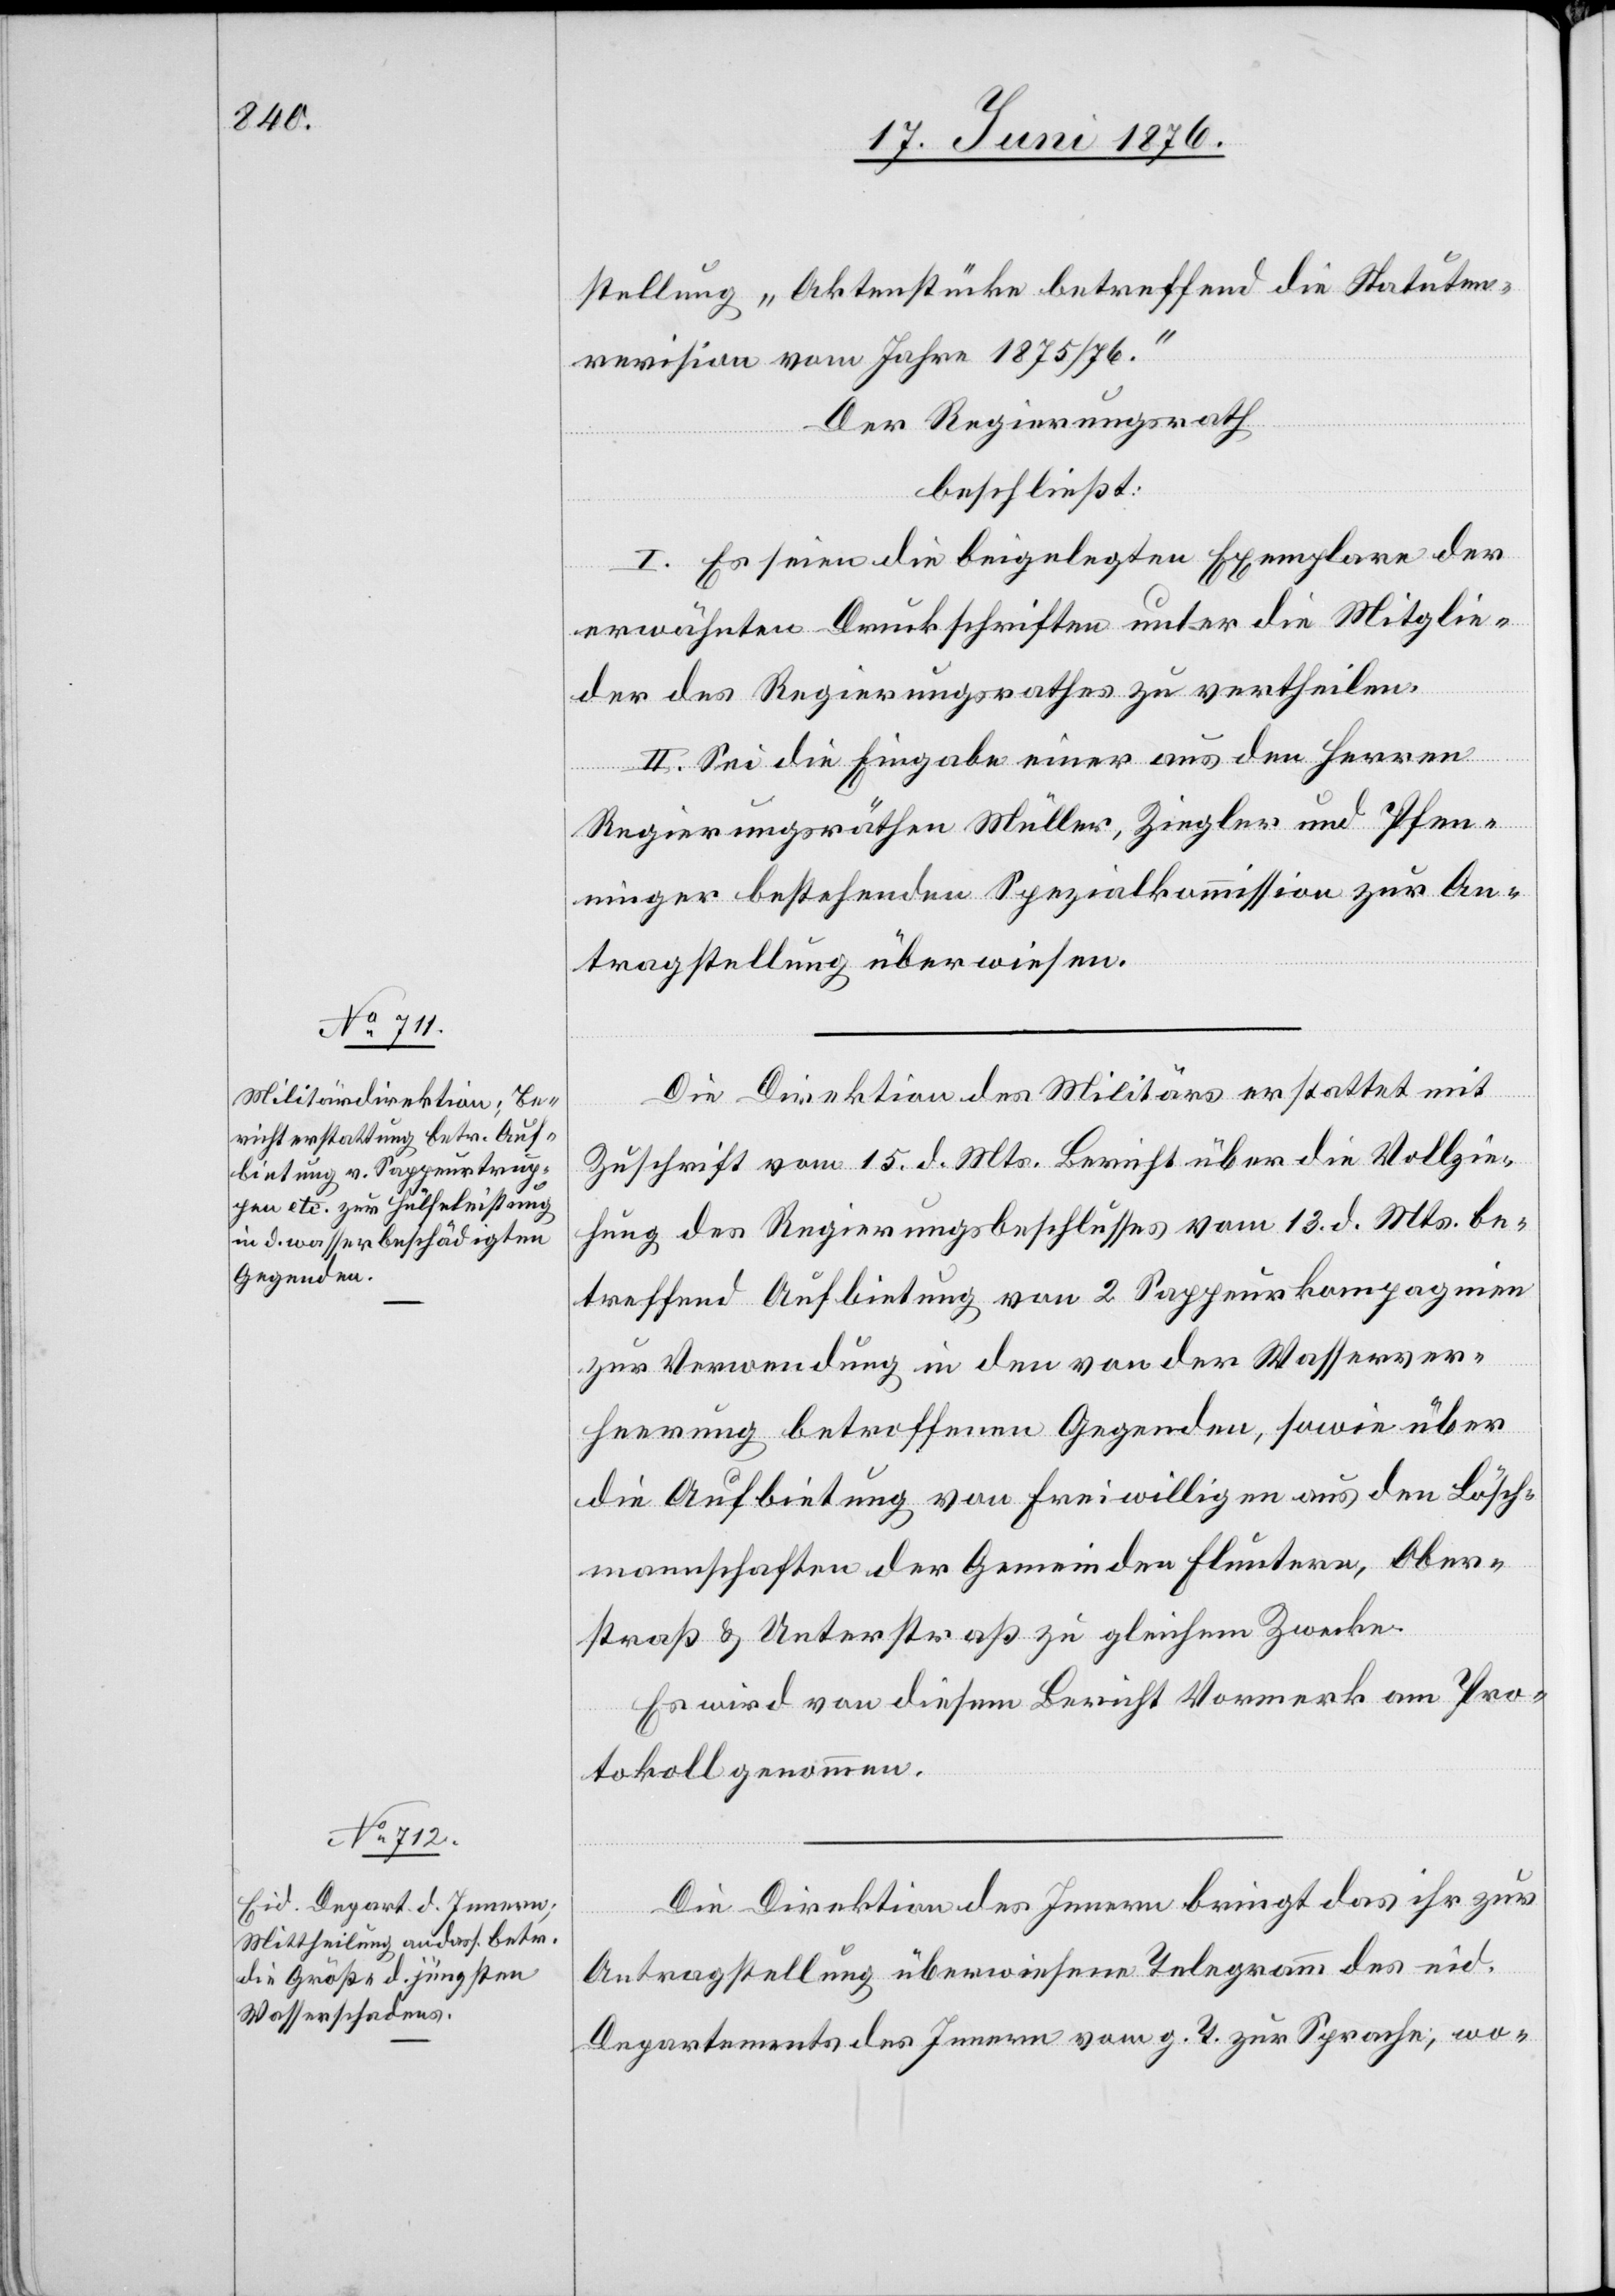
stellung „Aktenstücke bestreffend die Statuten¬
revision vom Jahre 1875/76.“
Der Regierungsrath
beschließt:
I. Es seien die beigelegten Exemplare der
erwähnten Druckschriften unter die Mitglie¬
der des Regierungsrathes zu vertheilen.
II. Sei die Eingabe einer aus den Herren
Regierungsräthen Müller, Ziegler und Pfen¬
ninger bestehenden Spezialkommission zur An¬
tragstellung überwiesen.
Die Direktion des Militärs erstattet mit
Zuschrift vom 15. d. Mts. Bericht über die Vollzie¬
hung des Regierungsbeschlusses vom 13. d. Mts. be¬
treffend Aufbietung von 2 Sappeurkompagnien
zur Verwendung in den von der Wasserver¬
heerung betroffenen Gegenden, sowie über
die Aufbietung von Freiwilligen aus den Lösch¬
mannschaften der Gemeinden Fluntern, Ober¬
straß & Unterstraß zu gleichem Zwecke.
Es wird von diesem Bericht Vormerk am Pro¬
tokoll genommen.
Die Direktion des Innern bringt das ihr zur
Antragstellung überwiesene Telegramm des eid.
Departements des Innern vom g. T. zur Sprache; wo-